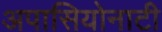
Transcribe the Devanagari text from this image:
अपासियोनाटी